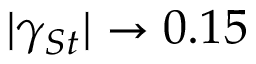
| \gamma _ { S t } | \rightarrow 0 . 1 5